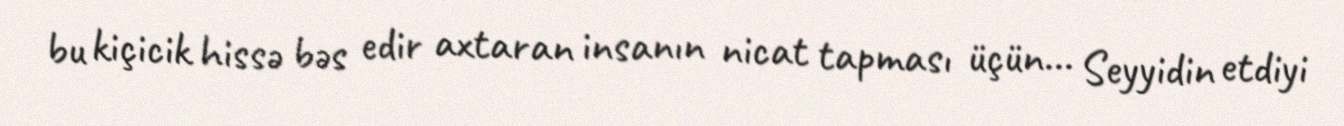
bu kiçicik hissə bəs edir axtaran insanın nicat tapması üçün... Seyyidin etdiyi